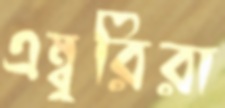
এম্বুরিরা